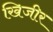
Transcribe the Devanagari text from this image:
खिजीर